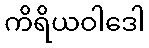
ကိရိယဝါဒေါ